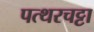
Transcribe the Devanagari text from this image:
पत्थरचट्टा